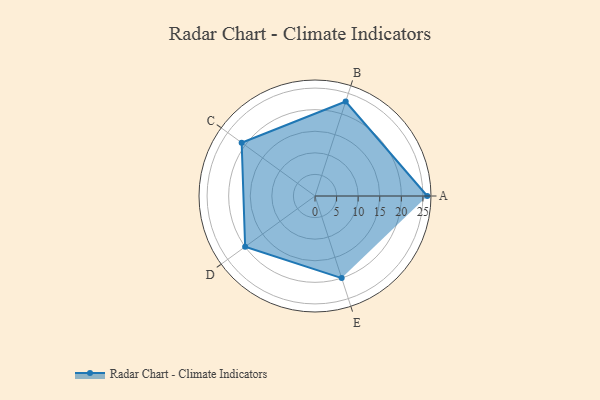
{"axis": {"x": "Skill", "y": "Score"}, "legend": ["Profile"], "data": [{"x": "A", "y": 26.0, "type": "Profile"}, {"x": "B", "y": 23.0, "type": "Profile"}, {"x": "C", "y": 21.0, "type": "Profile"}, {"x": "D", "y": 20, "type": "Profile"}, {"x": "E", "y": 20, "type": "Profile"}]}